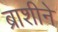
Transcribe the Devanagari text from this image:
ब्राशीने